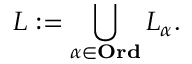
L : = \bigcup _ { \alpha \in \mathbf { O r d } } L _ { \alpha } .